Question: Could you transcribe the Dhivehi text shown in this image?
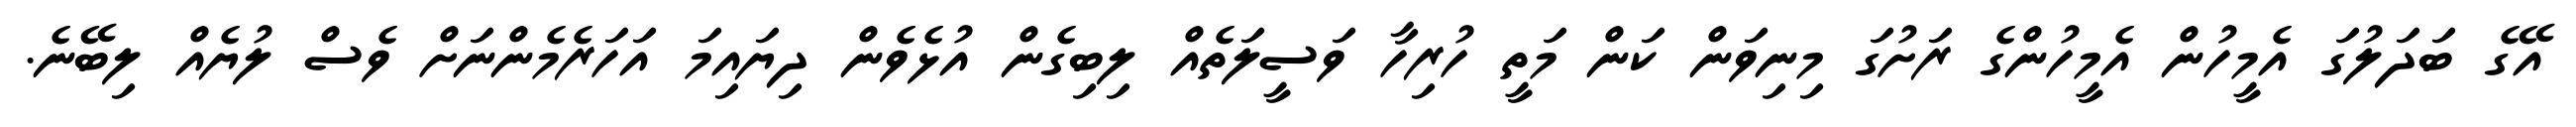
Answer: އޭގެ ބަދަލުގަ އެމީހުން އެމީހުންގެ ރަށުގަ މިނިވަން ކަން މަތީ ހުރިހާ ވަސީލަތެއް ލިބިގެން އުޅެވެން ދިޔައިމަ އަހަރެމެންނަށް ވެސް ލުޔެއް ލިބޭނެ.